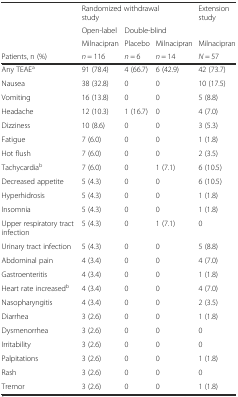
<table><thead><tr><td rowspan="3"></td><td colspan="3"><b>Randomized withdrawal study</b></td><td rowspan="2"><b>Extension study</b></td></tr><tr><td><b>Open-label</b></td><td colspan="2"><b>Double-blind</b></td></tr><tr><td><b>Milnacipran</b></td><td><b>Placebo</b></td><td><b>Milnacipran</b></td><td><b>Milnacipran</b></td></tr><tr><td><b>Patients, n (%)</b></td><td><b><i>n</i> = 116</b></td><td><b><i>n</i> = 6</b></td><td><b><i>n</i> = 14</b></td><td><b><i>N</i> = 57</b></td></tr></thead><tbody><tr><td>Any TEAE<sup>a</sup></td><td>91 (78.4)</td><td>4 (66.7)</td><td>6 (42.9)</td><td>42 (73.7)</td></tr><tr><td>Nausea</td><td>38 (32.8)</td><td>0</td><td>0</td><td>10 (17.5)</td></tr><tr><td>Vomiting</td><td>16 (13.8)</td><td>0</td><td>0</td><td>5 (8.8)</td></tr><tr><td>Headache</td><td>12 (10.3)</td><td>1 (16.7)</td><td>0</td><td>4 (7.0)</td></tr><tr><td>Dizziness</td><td>10 (8.6)</td><td>0</td><td>0</td><td>3 (5.3)</td></tr><tr><td>Fatigue</td><td>7 (6.0)</td><td>0</td><td>0</td><td>1 (1.8)</td></tr><tr><td>Hot flush</td><td>7 (6.0)</td><td>0</td><td>0</td><td>2 (3.5)</td></tr><tr><td>Tachycardia<sup>b</sup></td><td>7 (6.0)</td><td>0</td><td>1 (7.1)</td><td>6 (10.5)</td></tr><tr><td>Decreased appetite</td><td>5 (4.3)</td><td>0</td><td>0</td><td>6 (10.5)</td></tr><tr><td>Hyperhidrosis</td><td>5 (4.3)</td><td>0</td><td>0</td><td>1 (1.8)</td></tr><tr><td>Insomnia</td><td>5 (4.3)</td><td>0</td><td>0</td><td>1 (1.8)</td></tr><tr><td>Upper respiratory tract infection</td><td>5 (4.3)</td><td>0</td><td>1 (7.1)</td><td>0</td></tr><tr><td>Urinary tract infection</td><td>5 (4.3)</td><td>0</td><td>0</td><td>5 (8.8)</td></tr><tr><td>Abdominal pain</td><td>4 (3.4)</td><td>0</td><td>0</td><td>4 (7.0)</td></tr><tr><td>Gastroenteritis</td><td>4 (3.4)</td><td>0</td><td>0</td><td>1 (1.8)</td></tr><tr><td>Heart rate increased<sup>b</sup></td><td>4 (3.4)</td><td>0</td><td>0</td><td>4 (7.0)</td></tr><tr><td>Nasopharyngitis</td><td>4 (3.4)</td><td>0</td><td>0</td><td>2 (3.5)</td></tr><tr><td>Diarrhea</td><td>3 (2.6)</td><td>0</td><td>0</td><td>1 (1.8)</td></tr><tr><td>Dysmenorrhea</td><td>3 (2.6)</td><td>0</td><td>0</td><td>0</td></tr><tr><td>Irritability</td><td>3 (2.6)</td><td>0</td><td>0</td><td>0</td></tr><tr><td>Palpitations</td><td>3 (2.6)</td><td>0</td><td>0</td><td>1 (1.8)</td></tr><tr><td>Rash</td><td>3 (2.6)</td><td>0</td><td>0</td><td>0</td></tr><tr><td>Tremor</td><td>3 (2.6)</td><td>0</td><td>0</td><td>1 (1.8)</td></tr></tbody></table>